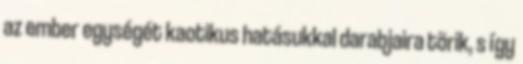
az ember egységét kaotikus hatásukkal darabjaira törik, s így